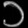
Digit: ၁